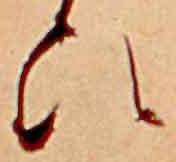
ひ